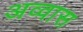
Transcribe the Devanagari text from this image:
अव्वास